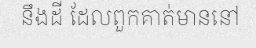
នឹងដី ដែលពួកគាត់មាននៅ